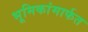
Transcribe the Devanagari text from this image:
भूमिकांमार्फत